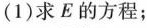
((1)求E的方程；